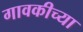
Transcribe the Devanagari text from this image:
गावकीच्या